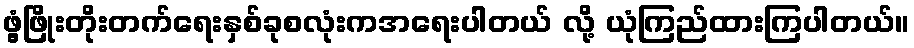
ဖွံ့ဖြိုးတိုးတက်ရေးနှစ်ခုစလုံးကအရေးပါတယ် လို့ ယုံကြည်ထားကြပါတယ်။